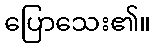
ပြောသေး၏။